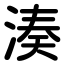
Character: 湊